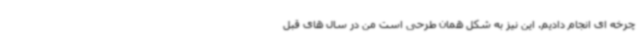
چرخه ای انجام دادیم. این نیز به شکل همان طرحی است من در سال های قبل